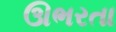
ઊભરતા